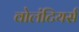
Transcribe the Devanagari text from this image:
वोलंटियर्स